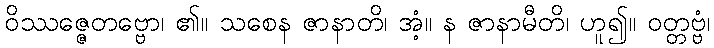
ဝိဿဇ္ဇေတဗ္ဗော၊ ၏။ သစေန ဇာနာတိ၊ အံ့။ န ဇာနာမီတိ၊ ဟူ၍။ ဝတ္တဗ္ဗံ၊